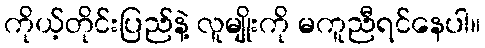
ကိုယ့်တိုင်းပြည်နဲ့ လူမျိုးကို မကူညီရင်နေပါ။